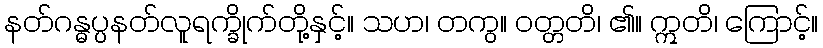
နတ်ဂန္ဓပ္ပနတ်လူရက္ခိုက်တို့နှင့်။ သဟ၊ တကွ။ ဝတ္တတိ၊ ၏။ ဣတိ၊ ကြောင့်။